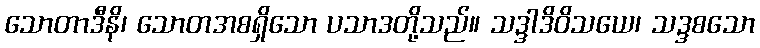
သောတာဒီနိ၊ သောတအစရှိသော ပသာဒတို့သည်။ သဒ္ဒါဒိဝိသယေ၊ သဒ္ဒစသော